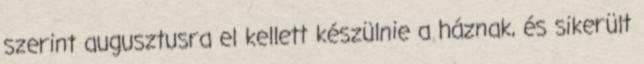
szerint augusztusra el kellett készülnie a háznak, és sikerült